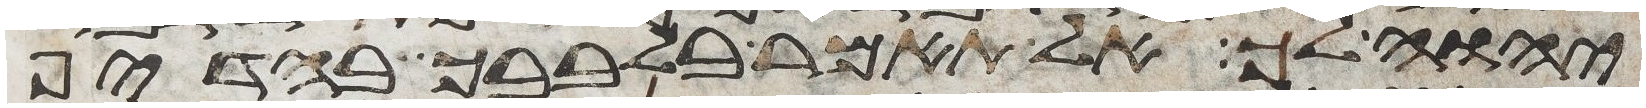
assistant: יהוה לך אל תאמר בלבבך בהדיף